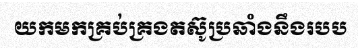
យកមកគ្រប់គ្រងតស៊ូប្រឆាំងនឹងរបប